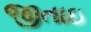
જીતાઇ